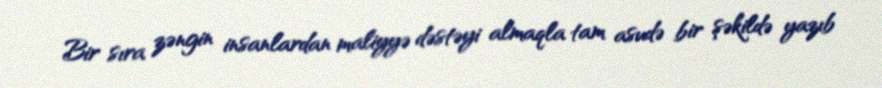
Bir sıra zəngin insanlardan maliyyə dəstəyi almaqla tam asudə bir şəkildə yazıb